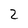
Character: 2